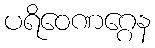
ပရိဝေဏဂ္ဂေန